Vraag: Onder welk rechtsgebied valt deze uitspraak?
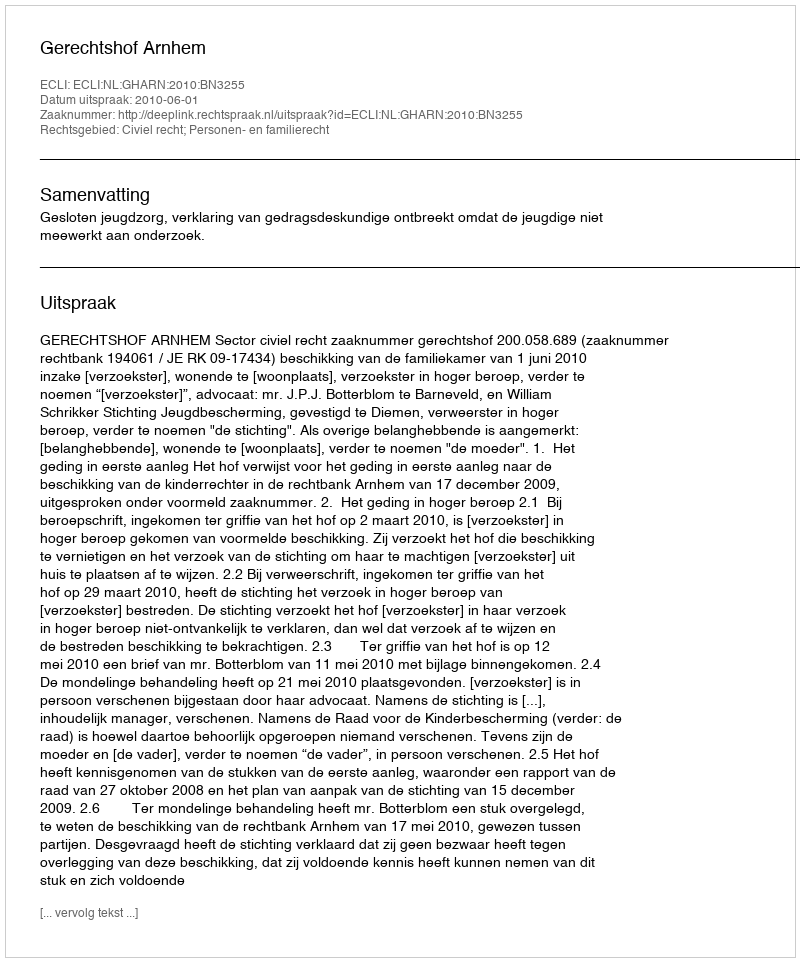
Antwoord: Civiel recht; Personen- en familierecht